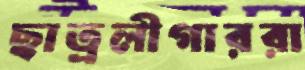
ছাত্রলীগাররা